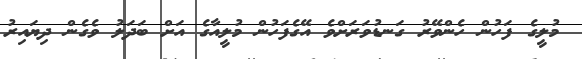
މުލީގެ ފަހުން ހެންވޭރު ގަނޑުވަރަށްވެ އޭގެފަހުން މުލީއާގެ އަށް ބަދަލު ވެގެން ދިޔައިރު